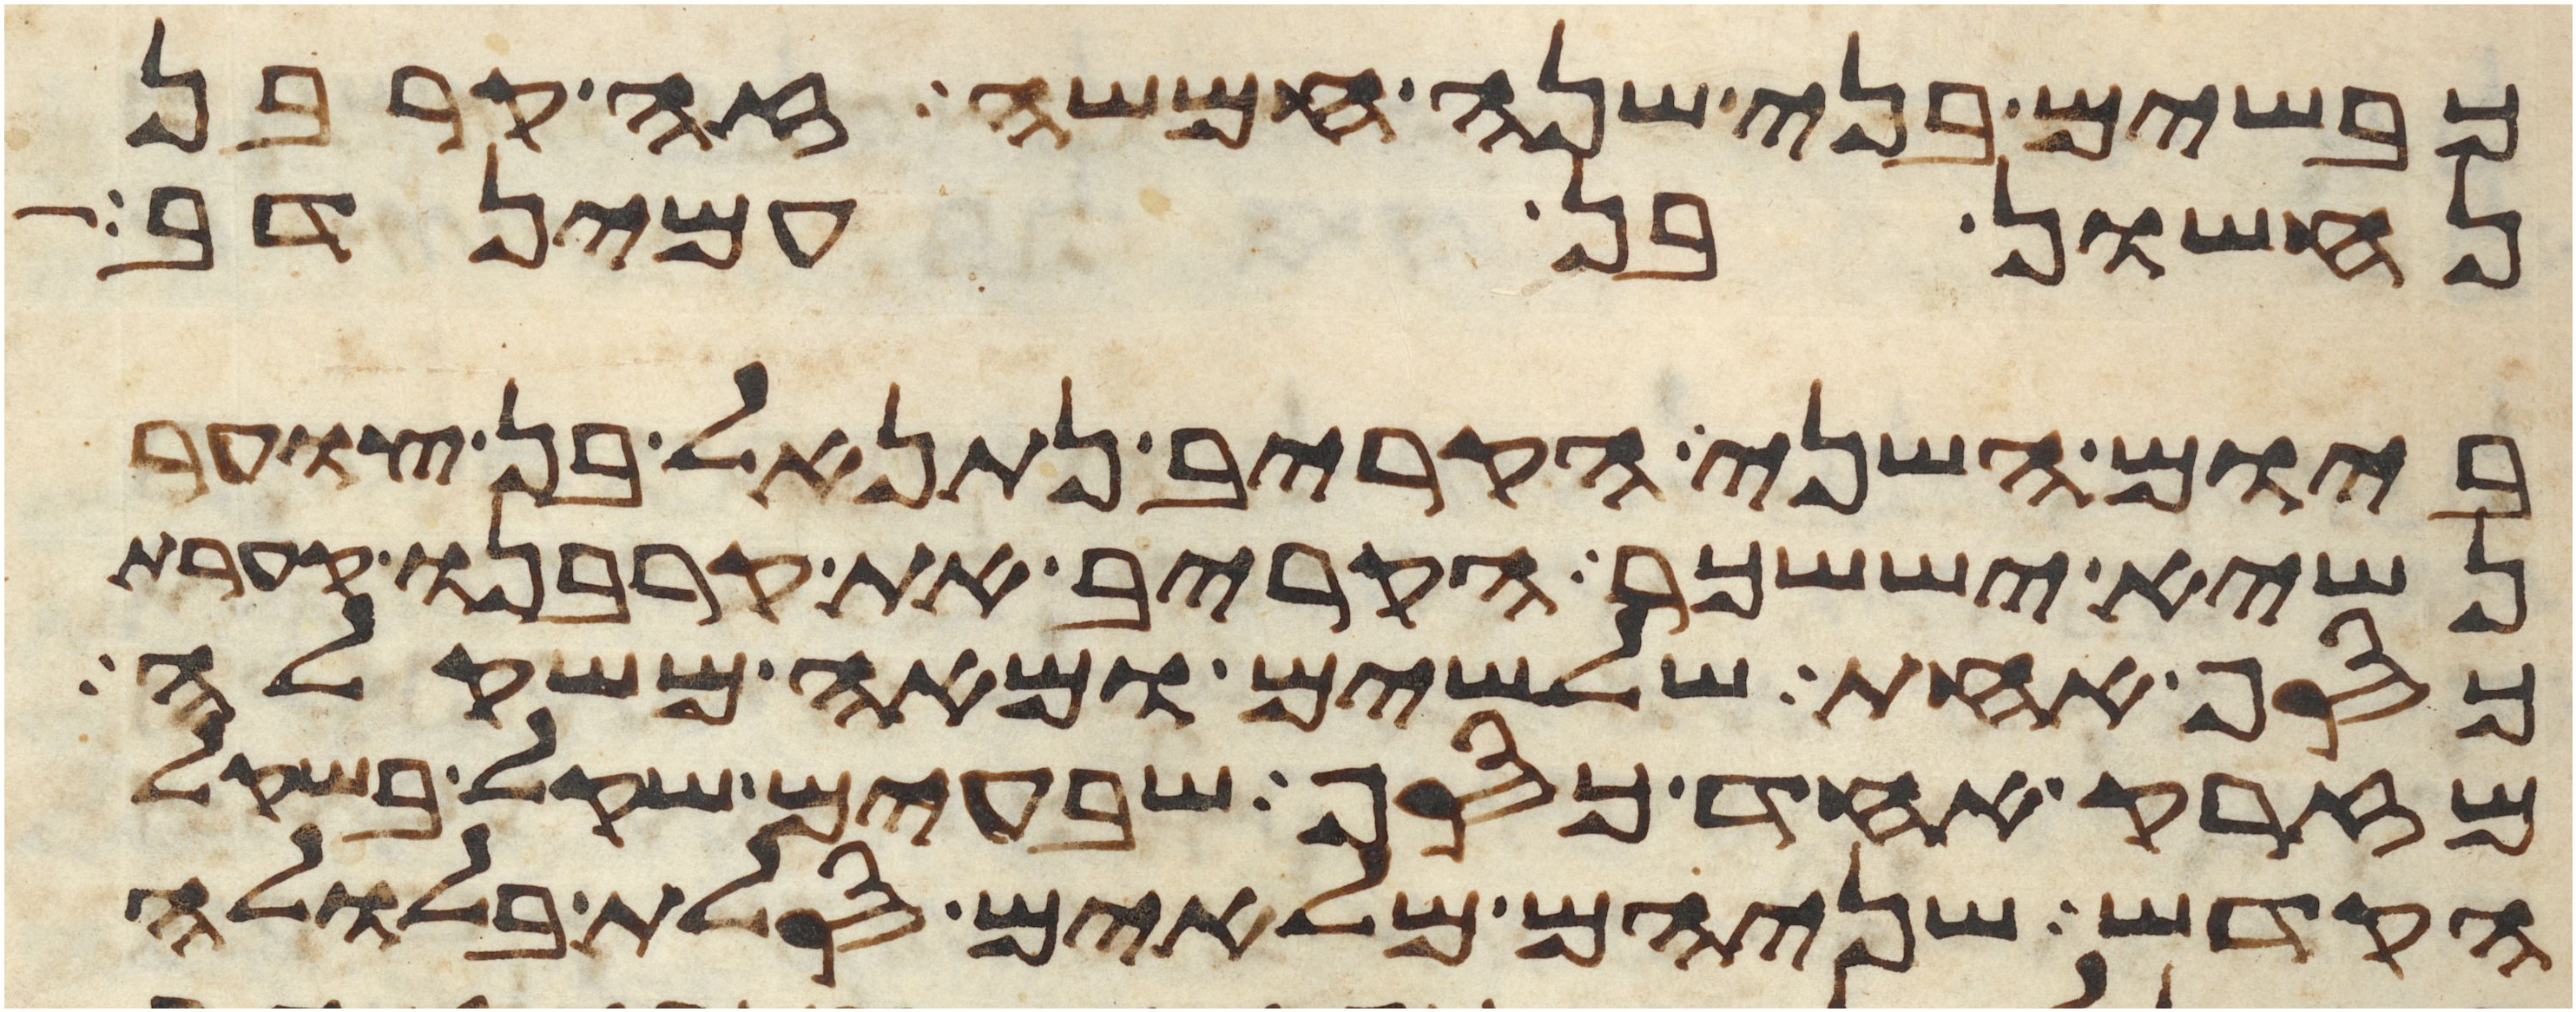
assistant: כבשים בני שנה חמשה זה קרבן
נחשון בן עמינדב
ביום השני הקריב נתנאל בן צוער
נשיא יששכר הקריב את קרבנו קערת
כסף אחת שלשים ומאה משקלה
מזרק אחד כסף שבעים שקל בשקל
הקדש שניהם מלאים סלת בלולה